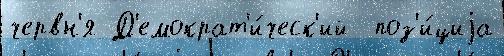
червн'я Д'емократ'и́ческ'ий  поз'и́циjа